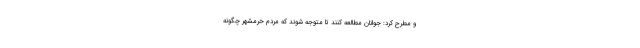
و مطرح کرد: جوانان مطالعه کنند تا متوجه شوند که مردم خرمشهر چگونه